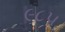
૯૮૫